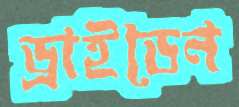
ড্রাইডেন